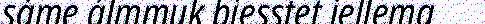
sáme álmmuk biesstet iellema